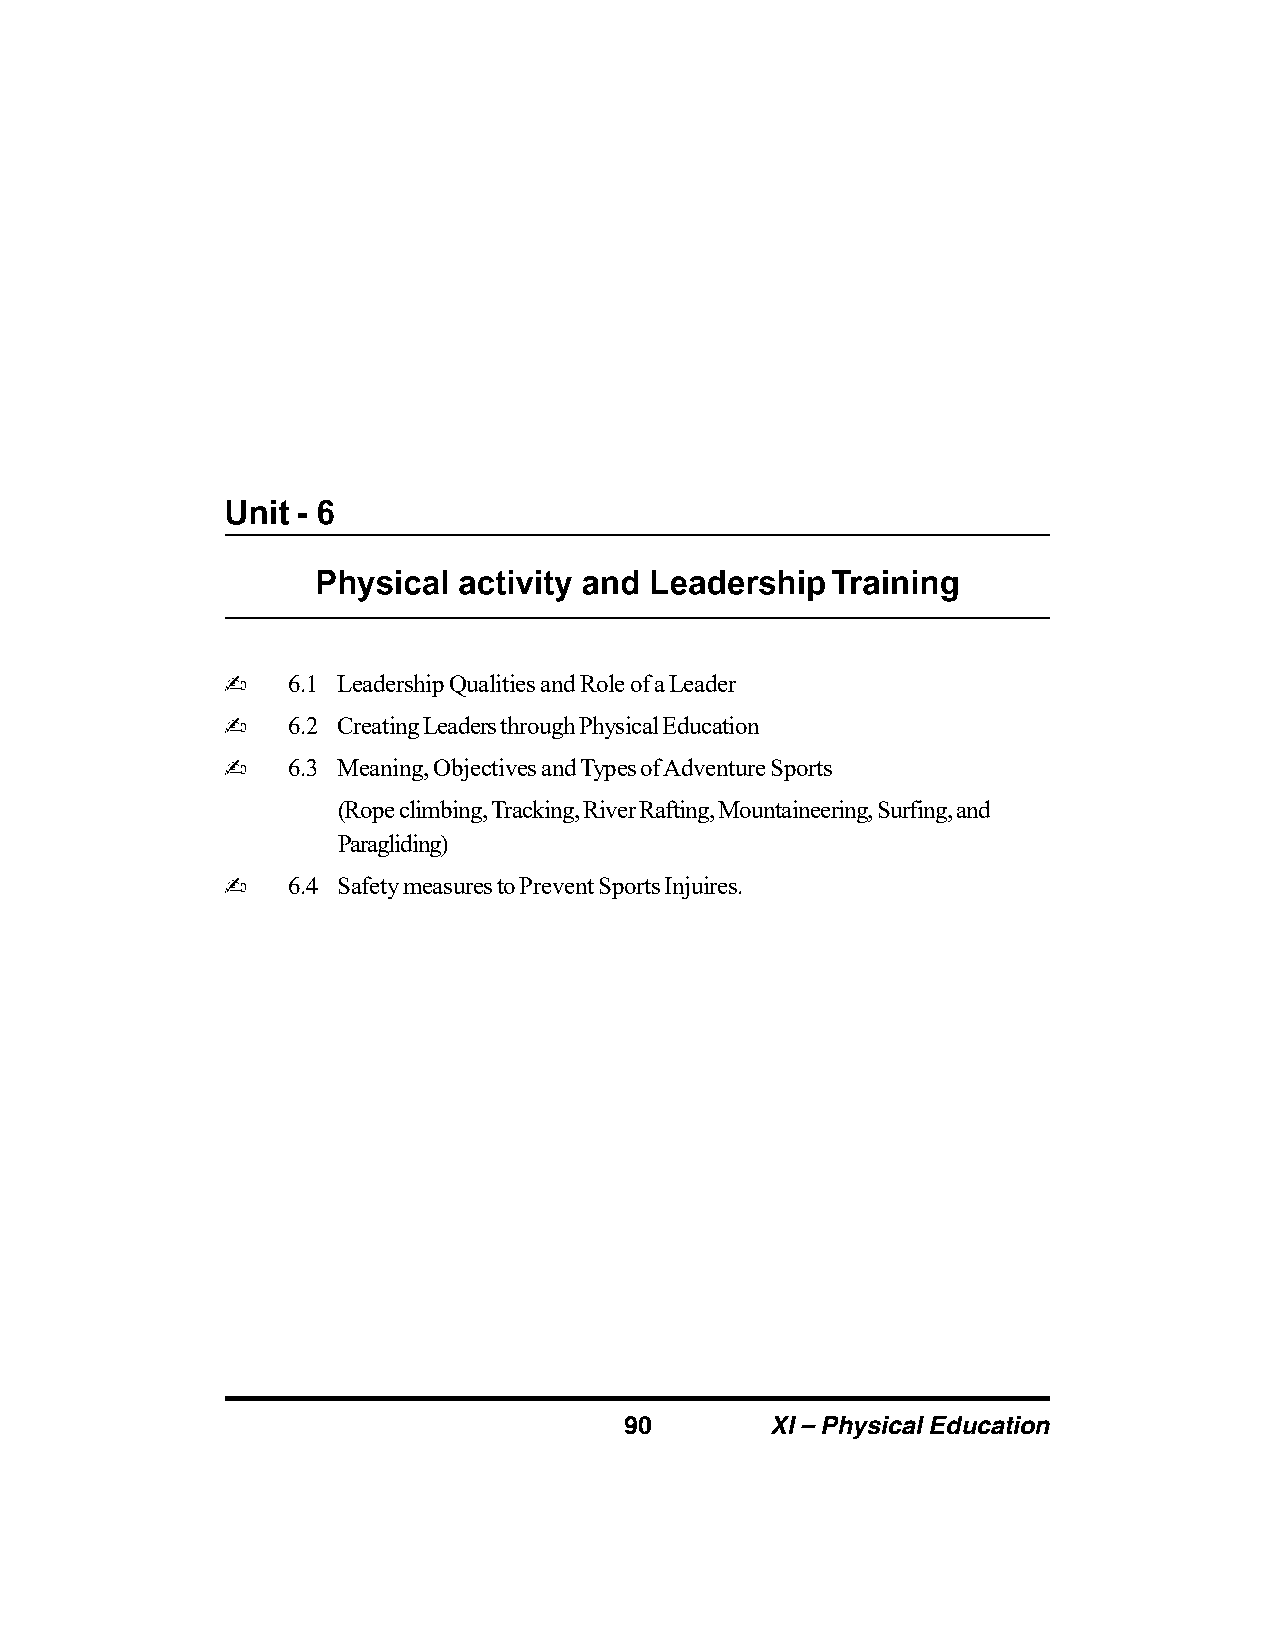
6.1 Leadership Qualities and Role of a Leader
 6.2 Creating Leaders through Physical Education
 6.3 Meaning, Objectives and Types of Adventure Sports
 (Rope climbing, Tracking, River Rafting, Mountaineering, Surfing, and
 Paragliding)
 6.4 Safety measures to Prevent Sports Injuires.
 90        XI – Physical Education